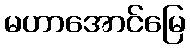
မဟာအောင်မြေ